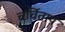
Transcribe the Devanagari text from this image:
चर्चिताय